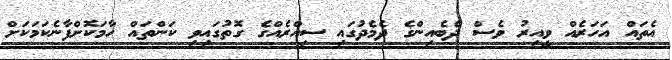
އެތައް އަހަރެއް ވީއިރު ވެސް ދެބެއިންގެ ދެމެދުގައި ސިއްރެއްގެ ގޮތުގައިވި ކަންތައް ހާމަކޮށްފާނެކަމަކަށް